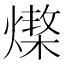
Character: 𤏆